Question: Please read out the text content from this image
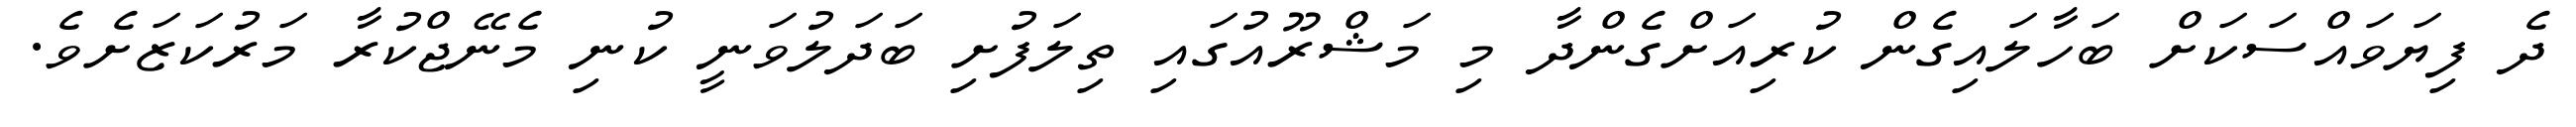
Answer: ދެ ފިޔަވައްސަކަށް ބަހާލައިގެން ކުރިއަށްގެންދާ މި މަޝްރޫއުގައި ތިލަފުށި ބަދަލުވަނީ ކުނި މެނޭޖްކުރާ މަރުކަޒަށެވެ.